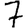
Digit: 7